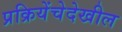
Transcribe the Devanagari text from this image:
प्रक्रियेंचेदेखील